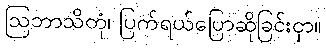
ဩဘာသိတုံ၊ ပြက်ရယ်ပြောဆိုခြင်းငှာ။